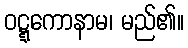
ဝဋ္ဋကောနာမ၊ မည်၏။